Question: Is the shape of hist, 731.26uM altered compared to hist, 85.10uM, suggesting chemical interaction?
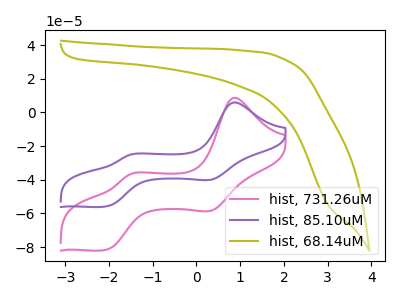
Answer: <think>The pink curve "hist, 731.26uM" has anodic peaks at (0.85V, 8.70uA) (-1.50V, -36.85uA) and cathodic peaks at (0.35V, -58.15uA) (-2.10V, -81.60uA). The purple curve "hist, 85.10uM" has anodic peaks at (0.85V, 5.95uA) (-1.50V, -25.20uA) and cathodic peaks at (0.35V, -39.80uA) (-2.10V, -55.85uA). The olive curve "hist, 68.14uM" has no peaks.
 All the peaks in "hist, 731.26uM" have a peak in "hist, 85.10uM" at the same potential.</think>
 <answer>No, "hist, 731.26uM" and "hist, 85.10uM" don't appear to be significantly different in shape</answer>
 <eval>no_change</eval>